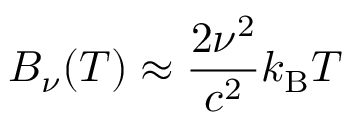
B _ { \nu } ( T ) \approx { \frac { 2 \nu ^ { 2 } } { c ^ { 2 } } } k _ { \mathrm { B } } T